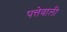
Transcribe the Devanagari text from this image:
पत्तेवाली